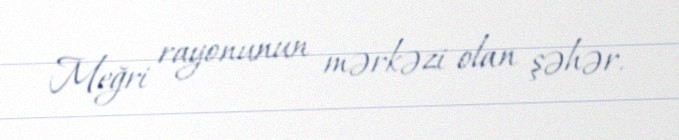
Meğri rayonunun mərkəzi olan şəhər.